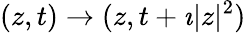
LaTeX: (z,t)\to(z,t+\imath|z|^{2})